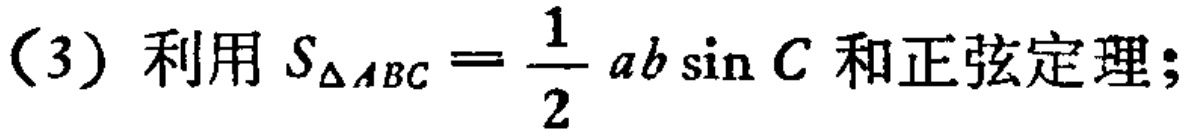
(3) 利用 \(S_{\triangle ABC}=\frac{1}{2}ab\sin C\) 和正弦定理;